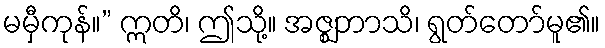
မမှီကုန်။” ဣတိ၊ ဤသို့။ အဇ္ဈဘာသိ၊ ရွတ်တော်မူ၏။